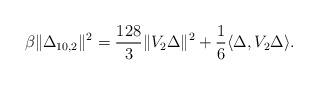
LaTeX: \begin{align*}\beta \Vert\Delta_{10, 2}\Vert^2 =\frac{128}{3} \Vert V_2\Delta\Vert^2+ \frac{1}{6}\langle \Delta, V_2 \Delta \rangle.~~~~~~~~~~~~~\end{align*}